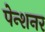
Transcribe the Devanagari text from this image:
पेन्शनर